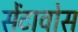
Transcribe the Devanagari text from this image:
सेंटावोस